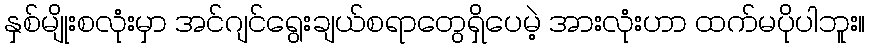
နှစ်မျိုးစလုံးမှာ အင်ဂျင်ရွေးချယ်စရာတွေရှိပေမဲ့ အားလုံးဟာ ထက်မပိုပါဘူး။